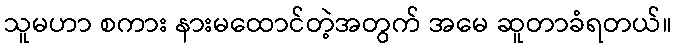
သူမဟာ စကား နားမထောင်တဲ့အတွက် အမေ ဆူတာခံရတယ်။